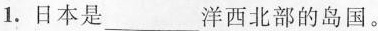
1.日本是___洋西北部的岛国。